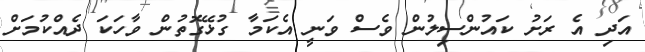
އަދި އެ ރަށު ކައުންސިލުން ވެސް ވަނީ އެކަމާ ގުޅޭގޮތުން ވާހަކަ ދެއްކުމަށް